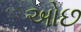
ઓછ